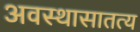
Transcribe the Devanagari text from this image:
अवस्थासातत्य